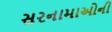
સરનામાઓની